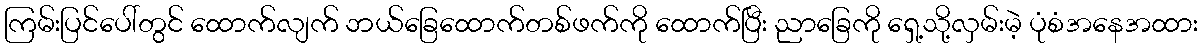
ကြမ်းပြင်ပေါ်တွင် ထောက်လျက် ဘယ်ခြေထောက်တစ်ဖက်ကို ထောက်ပြီး ညာခြေကို ရှေ့သို့လှမ်းမဲ့ ပုံစံအနေအထား